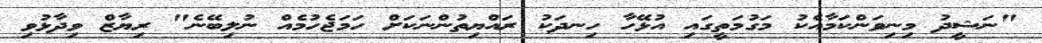
"ނަޝީދު މިނިވަންކަމާއެކު މަގުމަތީގައި އުޅޭހާ ހިނދަކު ރައްޔިތުންނަކަށް ހަމަޖެހުމެއް ނުލިބޭނެ" ރިޔާޒް ވިދާޅުވި